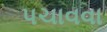
પચાવવા